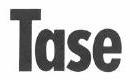
Tase